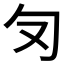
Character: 𭅄